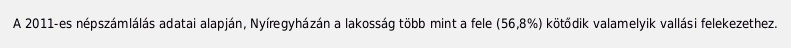
A 2011-es népszámlálás adatai alapján, Nyíregyházán a lakosság több mint a fele (56,8%) kötődik valamelyik vallási felekezethez.